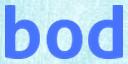
bod